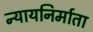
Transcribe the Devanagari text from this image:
न्यायनिर्माता